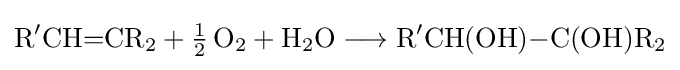
{\mathrm {R} {\vphantom {A}}^{\prime }\mathrm {CH} {=}\mathrm {CR} {\vphantom {A}}_{\smash[{t}]{2}}{}+{}{\mathchoice {\textstyle {\frac {1}{2}}}{\frac {1}{2}}{\frac {1}{2}}{\frac {1}{2}}}\,\mathrm {O} {\vphantom {A}}_{\smash[{t}]{2}}{}+{}\mathrm {H} {\vphantom {A}}_{\smash[{t}]{2}}\mathrm {O} {}\mathrel {\longrightarrow } {}\mathrm {R} {\vphantom {A}}^{\prime }\mathrm {CH} (\mathrm {OH} ){-}\mathrm {C} (\mathrm {OH} )\mathrm {R} {\vphantom {A}}_{\smash[{t}]{2}}}